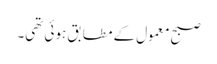
صبح معمول کے مطابق ہوئی تھی۔